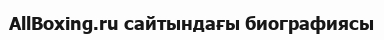
AllBoxing.ru сайтындағы биографиясы